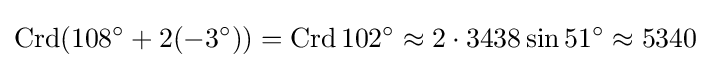
\operatorname {Crd} (108^{\circ }+2(-3^{\circ }))=\operatorname {Crd} 102^{\circ }\approx 2\cdot 3438\sin 51^{\circ }\approx 5340